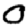
Digit: 0